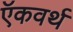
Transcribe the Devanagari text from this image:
ऍकवर्थ